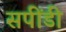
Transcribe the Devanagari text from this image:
सपींडी